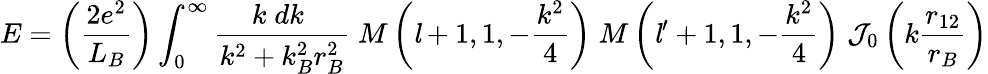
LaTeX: E=\left({\frac{2e^{2}}{L_{B}}}\right)\int_{0}^{\infty}{\frac{k\; dk\; }{k^{2}+k_{B}^{2}r_{B}^{2}}}\; M\left({\mathit{l}}+1,1,-{\frac{k^{2}}{4}}\right)\; M\left({\mathit{l}}^{\prime}+1,1,-{\frac{k^{2}}{4}}\right)\; {\mathcal{J}}_{0}\left(k{\frac{r_{12}}{r_{B}}}\right)